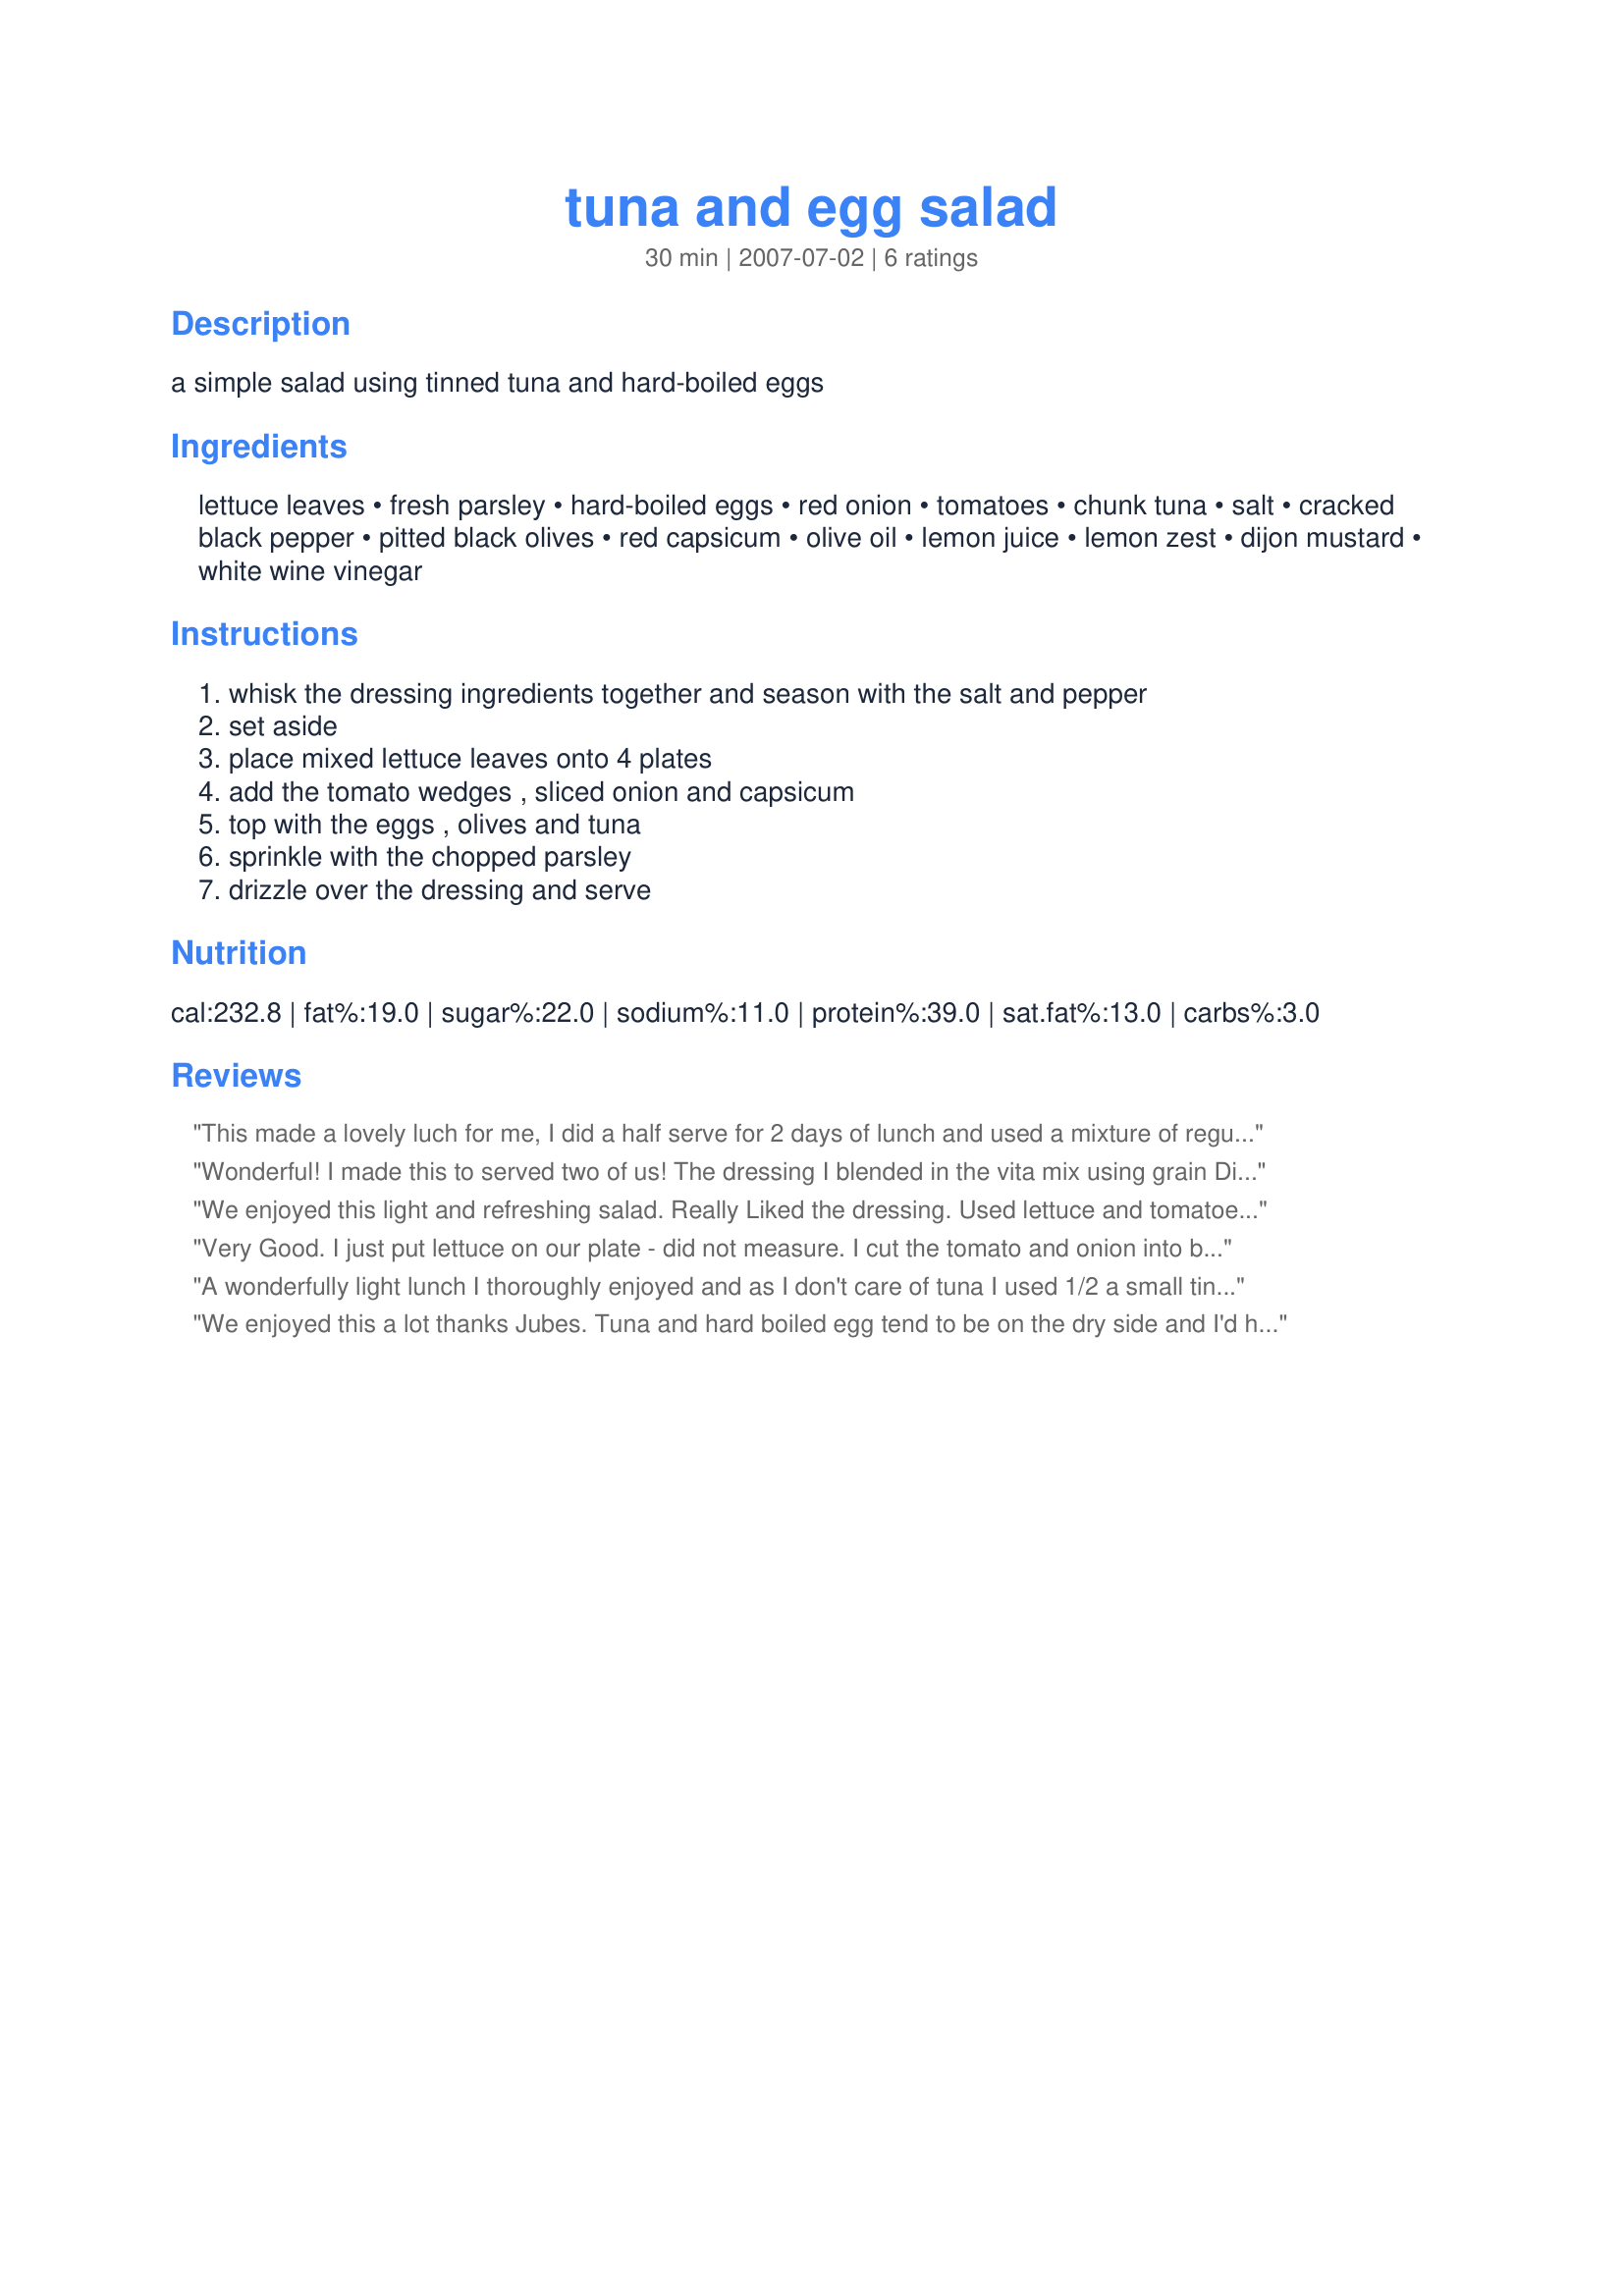
tuna and egg salad
Preparation time: 30 minutes

a simple salad using tinned tuna and hard-boiled eggs

Ingredients:
lettuce leaves, fresh parsley, hard-boiled eggs, red onion, tomatoes, chunk tuna, salt, cracked black pepper, pitted black olives, red capsicum, olive oil, lemon juice, lemon zest, dijon mustard, white wine vinegar

Steps:
whisk the dressing ingredients together and season with the salt and pepper, set aside, place mixed lettuce leaves onto 4 plates, add the tomato wedges , sliced onion and capsicum, top with the eggs , olives and tuna, sprinkle with the chopped parsley, drizzle over the dressing and serve

Reviews:
This made a lovely luch for me, I did a half serve for 2 days of lunch and used a mixture of regular tomatoes & semi-dried tomatoes but left out the olives, the dressing is lovely & complements the tuna well. Thanks Jubes, made for ANZ Swap August 2008.
Wonderful! I made this to served two of us! The dressing I blended in the vita mix using grain Dijon. I skipped the olives for DH doesn`t enjoy them. And cut back on the red onions to about an eight of one. Thanks for the yumminess!
We enjoyed this light and refreshing salad. Really Liked the dressing. Used lettuce and tomatoes from our garden. Thank You. Made for ZWT8.
Very Good. I just put lettuce on our plate - did not measure. I cut the tomato and onion into bite size. I used sliced green olives and skipped the red pepper. Made dressing as directed. We enjoyed this very much! Thanks Jubes. Made for Aussie Swap #30.
A wonderfully light lunch I thoroughly enjoyed and as I don't care of tuna I used 1/2 a small tin of red salmon, omited the olives and used homegrown iceberg lettuce, made it all up on the plate earlier in the day and covered with cling wrap for lunch when we got back from shopping. Got back a bit later than expected and realized I hadn't made the dressing and I just had to eat so used a non fat french dressing I already had and really enjoyed. Thank you **Jubes**, made for team mate in the Aussie/Kiwi Recipe Swap #57 October 2011.
We enjoyed this a lot thanks Jubes. Tuna and hard boiled egg tend to be on the dry side and I'd have liked more dressing, but didn't want to make more, to keep the fat count down. Russ reckoned the egg and lemon dressing wasn't a good match but I don't listen to him-what's a nicoise salad often got in it after all!! I had no olives (I can't believe that!) but wanted the salty hit so used capers instead and they worked well with the other ingredients.
